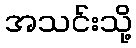
အသင်းသို့